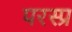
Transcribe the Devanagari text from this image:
परस्प्र